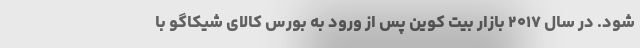
شود. در سال ۲۰۱۷ بازار بیت کوین پس از ورود به بورس کالای شیکاگو با